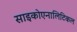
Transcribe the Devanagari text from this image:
साइकोएनालिटिकल